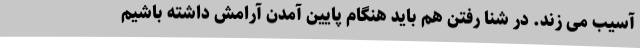
آسیب می زند. در شنا رفتن هم باید هنگام پایین آمدن آرامش داشته باشیم